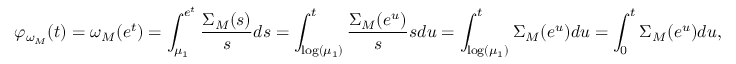
\varphi _ { \omega _ { M } } ( t ) = \omega _ { M } ( e ^ { t } ) = \int _ { \mu _ { 1 } } ^ { e ^ { t } } \frac { \Sigma _ { M } ( s ) } { s } d s = \int _ { \log ( \mu _ { 1 } ) } ^ { t } \frac { \Sigma _ { M } ( e ^ { u } ) } { s } s d u = \int _ { \log ( \mu _ { 1 } ) } ^ { t } \Sigma _ { M } ( e ^ { u } ) d u = \int _ { 0 } ^ { t } \Sigma _ { M } ( e ^ { u } ) d u ,